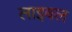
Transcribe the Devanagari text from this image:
लाइबल